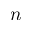
n